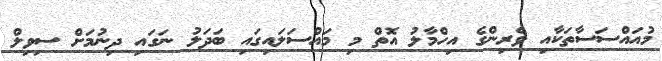
މުއައްސަސާތަކާއި ވެރިންގެ އިހްމާލު އޮތް މި މައްސަލައިގައި ބަދަލު ނަގައި ދިނުމަށް ސިވިލް